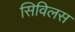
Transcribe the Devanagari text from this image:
सिविलस